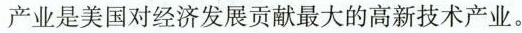
产业是美国对经济发展贡献最大的高新技术产业。